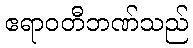
ဧရာဝတီဘဏ်သည်